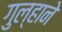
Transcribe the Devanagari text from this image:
गुल्हाने